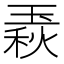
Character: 𤧦